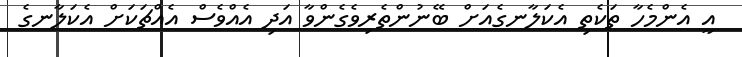
އީ އެންމެހާ ތަކެތި އެކަލާނގެއަށް ބޭނުންތެރިވެގެންވާ އަދި އެއްވެސް އެއްޗަކަށް އެކަލާނގެ